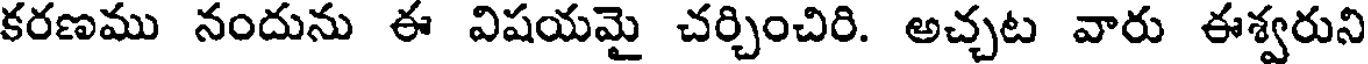
కరణము నందును ఈ విషయమై చర్చించిరి. అచ్చట వారు ఈశ్వరుని